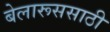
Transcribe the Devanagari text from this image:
बेलारूससाठी